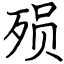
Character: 殒